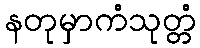
နတုမှာကံသုတ္တံ